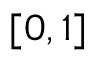
[ 0 , 1 ]